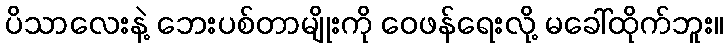
ပိသာလေးနဲ့ ဘေးပစ်တာမျိုးကို ဝေဖန်ရေးလို့ မခေါ်ထိုက်ဘူး။